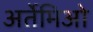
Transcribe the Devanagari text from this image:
अर्तेमिओ